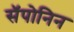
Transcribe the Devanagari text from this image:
सॅपोनिन